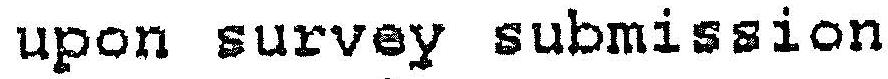
UPON SURVEY SUBMISSION